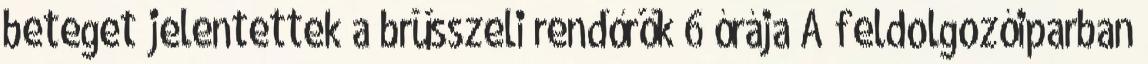
beteget jelentettek a brüsszeli rendőrök 6 órája A feldolgozóiparban